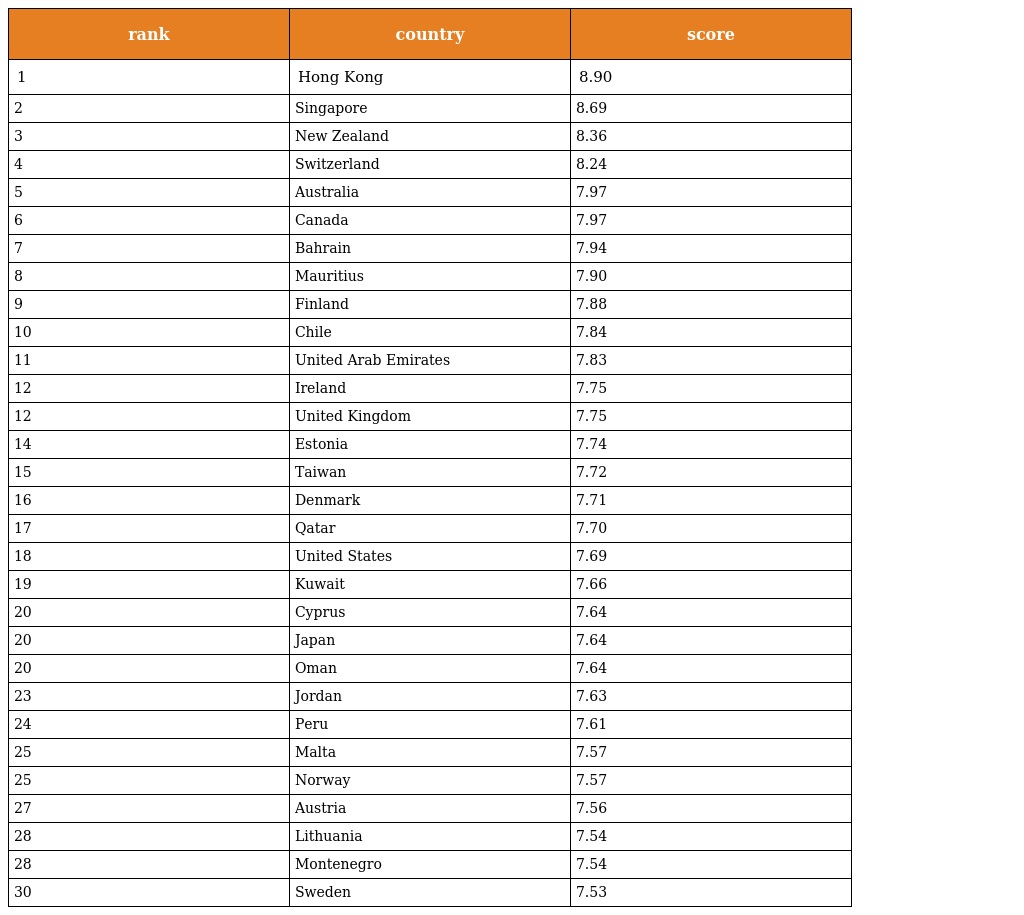
| rank | country | score |
 | --- | --- | --- |
 | 1 | Hong Kong | 8.90 |
 | 2 | Singapore | 8.69 |
 | 3 | New Zealand | 8.36 |
 | 4 | Switzerland | 8.24 |
 | 5 | Australia | 7.97 |
 | 6 | Canada | 7.97 |
 | 7 | Bahrain | 7.94 |
 | 8 | Mauritius | 7.90 |
 | 9 | Finland | 7.88 |
 | 10 | Chile | 7.84 |
 | 11 | United Arab Emirates | 7.83 |
 | 12 | Ireland | 7.75 |
 | 12 | United Kingdom | 7.75 |
 | 14 | Estonia | 7.74 |
 | 15 | Taiwan | 7.72 |
 | 16 | Denmark | 7.71 |
 | 17 | Qatar | 7.70 |
 | 18 | United States | 7.69 |
 | 19 | Kuwait | 7.66 |
 | 20 | Cyprus | 7.64 |
 | 20 | Japan | 7.64 |
 | 20 | Oman | 7.64 |
 | 23 | Jordan | 7.63 |
 | 24 | Peru | 7.61 |
 | 25 | Malta | 7.57 |
 | 25 | Norway | 7.57 |
 | 27 | Austria | 7.56 |
 | 28 | Lithuania | 7.54 |
 | 28 | Montenegro | 7.54 |
 | 30 | Sweden | 7.53 |